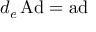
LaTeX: d _ { e } \operatorname { A d } = \operatorname { a d }